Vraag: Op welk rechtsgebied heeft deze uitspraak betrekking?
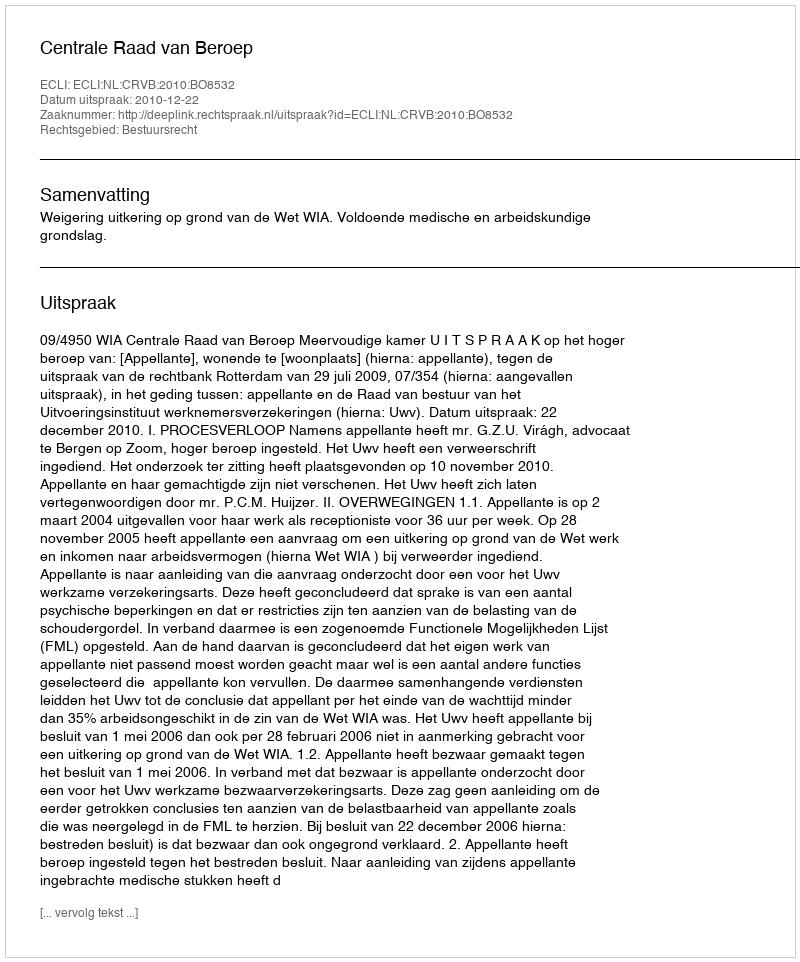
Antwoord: Bestuursrecht